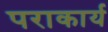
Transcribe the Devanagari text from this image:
पराकार्य